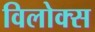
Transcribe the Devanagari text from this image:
विलोक्स